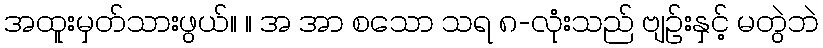
အထူးမှတ်သားဖွယ်။ ။ အ အာ စသော သရ ၈-လုံးသည် ဗျဉ်းနှင့် မတွဲဘဲ